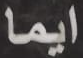
ايما